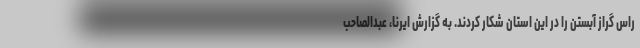
راس گراز آبستن را در این استان شکار کردند. به گزارش ایرنا، عبدالصاحب